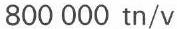
800 000 tn/v